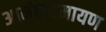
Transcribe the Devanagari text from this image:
आनंदरामायण